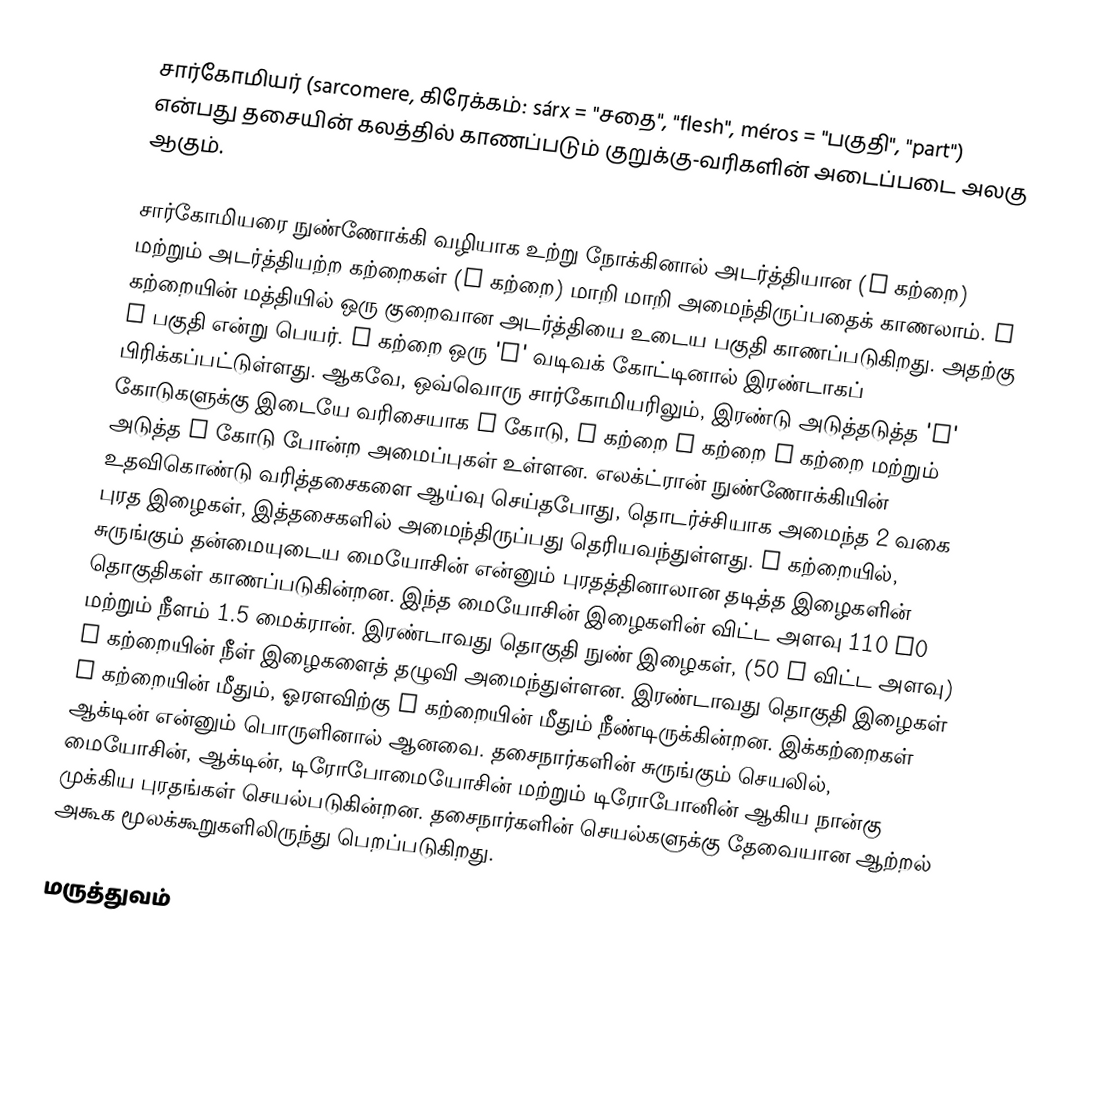
சார்கோமியர் (sarcomere,  கிரேக்கம்: sárx = "சதை", "flesh", méros = "பகுதி", "part") என்பது தசையின் கலத்தில் காணப்படும் குறுக்கு-வரிகளின் அடைப்படை அலகு ஆகும்.

சார்கோமியரை நுண்ணோக்கி வழியாக உற்று நோக்கினால் அடர்த்தியான (A  கற்றை) மற்றும் அடர்த்தியற்ற கற்றைகள் (I  கற்றை) மாறி மாறி அமைந்திருப்பதைக் காணலாம். A  கற்றையின் மத்தியில் ஒரு குறைவான அடர்த்தியை உடைய பகுதி காணப்படுகிறது. அதற்கு H பகுதி என்று பெயர். I  கற்றை ஒரு 'Z' வடிவக் கோட்டினால் இரண்டாகப் பிரிக்கப்பட்டுள்ளது. ஆகவே, ஒவ்வொரு சார்கோமியரிலும், இரண்டு அடுத்தடுத்த 'Z' கோடுகளுக்கு இடையே வரிசையாக Z கோடு, I  கற்றை A கற்றை  I கற்றை மற்றும் அடுத்த Z கோடு போன்ற அமைப்புகள் உள்ளன. எலக்ட்ரான் நுண்ணோக்கியின் உதவிகொண்டு வரித்தசைகளை ஆய்வு செய்தபோது, தொடர்ச்சியாக அமைந்த 2 வகை புரத இழைகள், இத்தசைகளில் அமைந்திருப்பது தெரியவந்துள்ளது. A  கற்றையில், சுருங்கும் தன்மையுடைய மையோசின் என்னும் புரதத்தினாலான தடித்த இழைகளின் தொகுதிகள் காணப்படுகின்றன. இந்த மையோசின் இழைகளின் விட்ட அளவு 110 A0 மற்றும் நீளம் 1.5 மைக்ரான். இரண்டாவது தொகுதி நுண் இழைகள், (50 A விட்ட அளவு) A  கற்றையின் நீள் இழைகளைத் தழுவி அமைந்துள்ளன. இரண்டாவது தொகுதி இழைகள் A கற்றையின் மீதும், ஓரளவிற்கு I கற்றையின் மீதும் நீண்டிருக்கின்றன. இக்கற்றைகள் ஆக்டின் என்னும் பொருளினால் ஆனவை. தசைநார்களின் சுருங்கும் செயலில், மையோசின், ஆக்டின், டிரோபோமையோசின் மற்றும் டிரோபோனின் ஆகிய நான்கு முக்கிய புரதங்கள் செயல்படுகின்றன. தசைநார்களின் செயல்களுக்கு தேவையான ஆற்றல் அகூக மூலக்கூறுகளிலிருந்து பெறப்படுகிறது.

மருத்துவம்